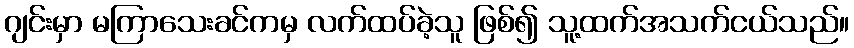
ဂျင်းမှာ မကြာသေးခင်ကမှ လက်ထပ်ခဲ့သူ ဖြစ်၍ သူ့ထက်အသက်ငယ်သည်။